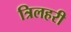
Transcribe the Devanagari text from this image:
त्रिलहरी